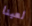
لعبنا